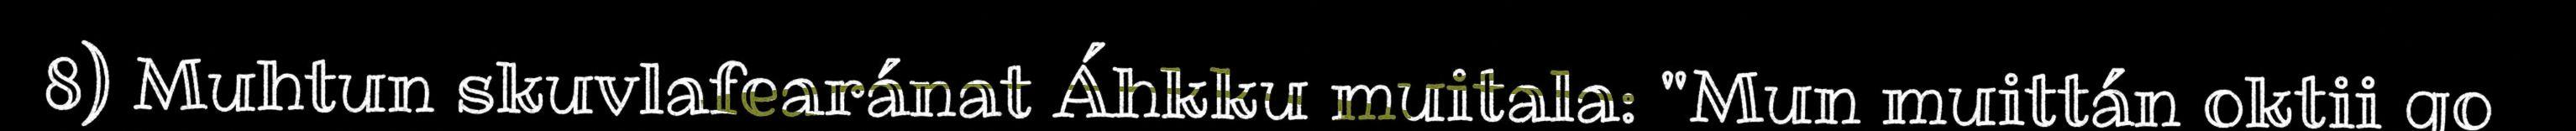
8) Muhtun skuvlafearánat Áhkku muitala: "Mun muittán oktii go